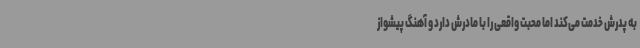
به پدرش خدمت می‌کند اما محبت واقعی را با مادرش دارد و آهنگ پیشواز